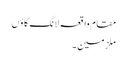
مقام واقعہ لانگ گاؤں
ملزمین ۔